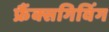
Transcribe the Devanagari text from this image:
फ्रैंक्सगिविंग